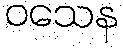
ဝသေန